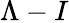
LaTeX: \Lambda-I